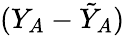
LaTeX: (Y_{A}-\tilde{Y}_{A})